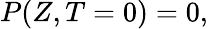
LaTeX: P(Z,T=0)=0,